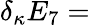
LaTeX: \delta_{\kappa}E_{7}=